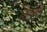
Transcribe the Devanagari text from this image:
खिलोगे